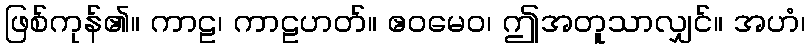
ဖြစ်ကုန်၏။ ကာဠ၊ ကာဠဟတ်။ ဧဝမေဝ၊ ဤအတူသာလျှင်။ အဟံ၊